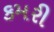
કમરી